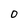
Character: 0